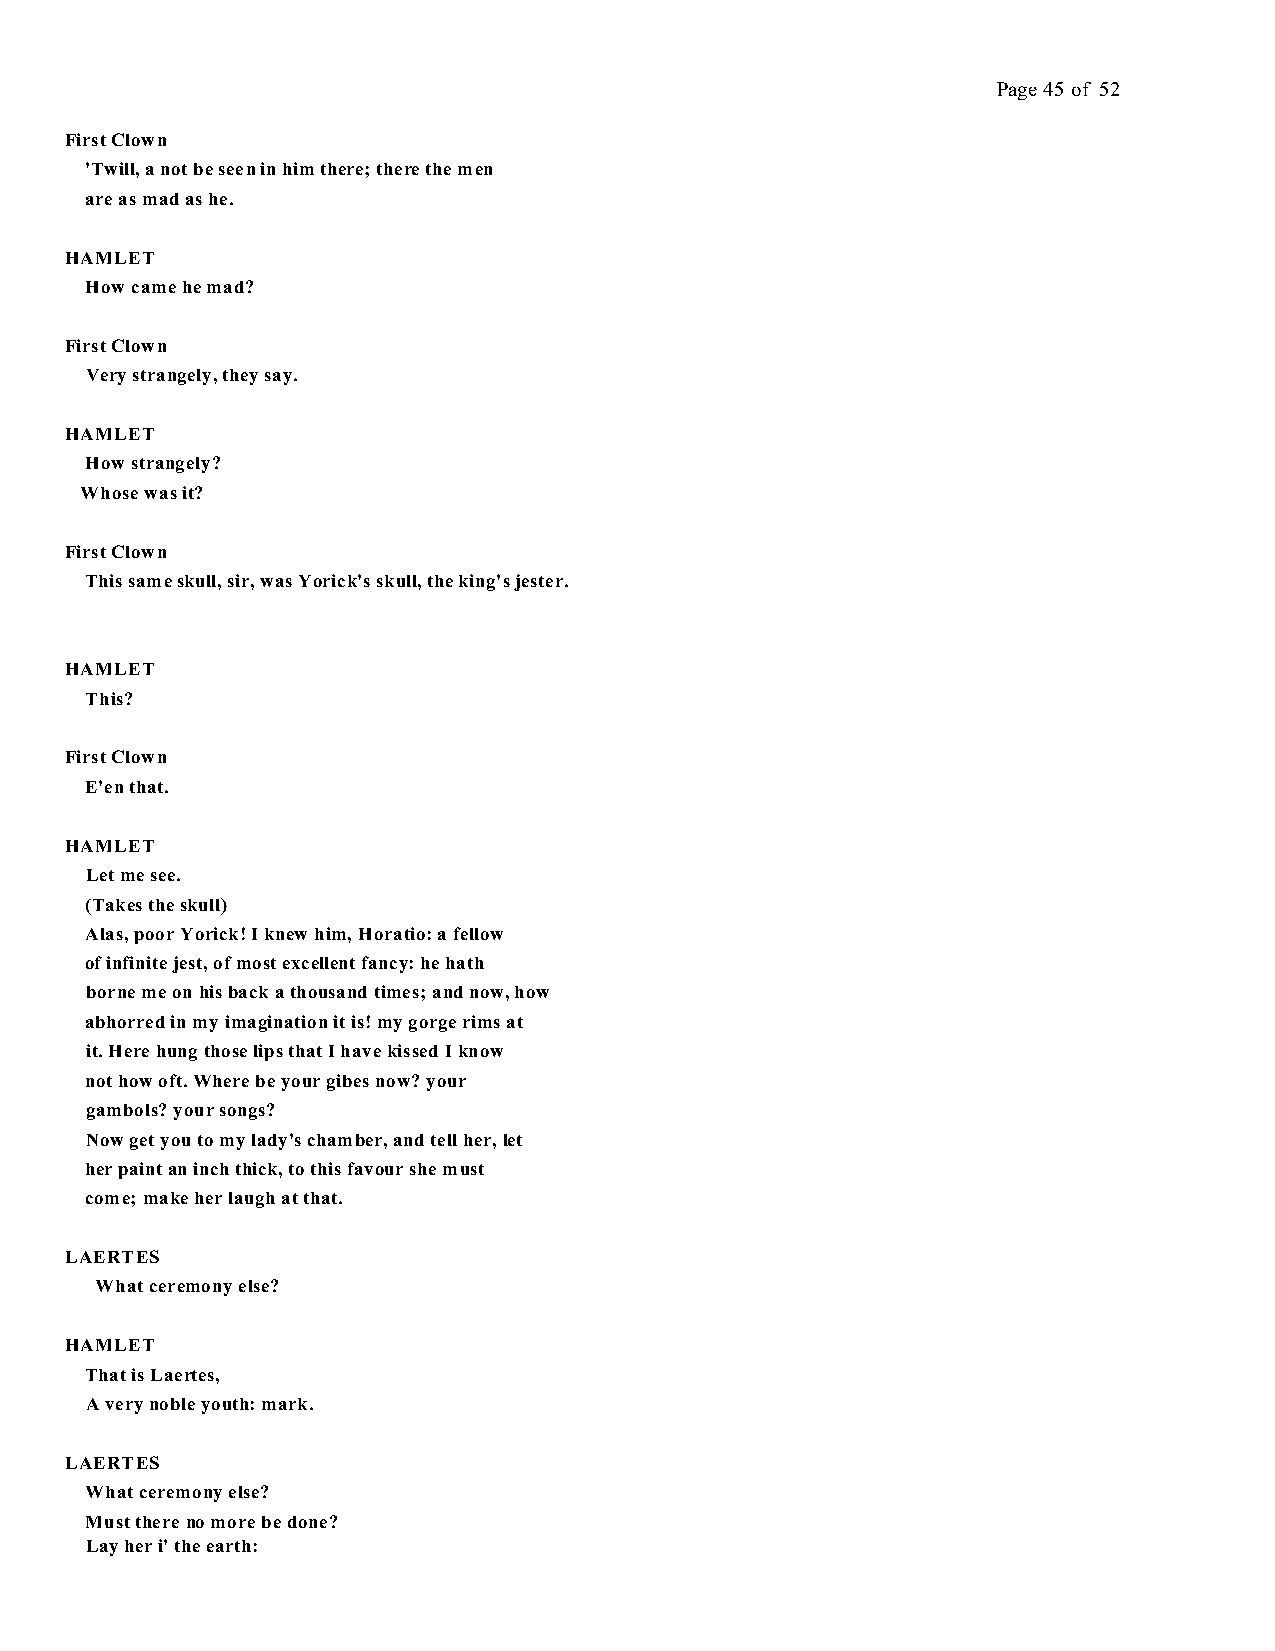
Page 45 of 52
 First Clown
 'Twill, a not be seen in him there; there the men
 are as mad as he.
 HAMLET
 How came he mad?
 First Clown
 Very strangely, they say.
 HAMLET
 How strangely?
 Whose was it?
 First Clown
 This same skull, sir, was Yorick's skull, the king's jester.
 HAMLET
 This?
 First Clown
 E'en that.
 HAMLET
 Let me see.
 (Takes the skull)
 Alas, poor Yorick! I knew him, Horatio: a fellow
 of infinite jest, of most excellent fancy: he hath
 borne me on his back a thousand times; and now, how
 abhorred in my imagination it is! my gorge rims at
 it. Here hung those lips that I have kissed I know
 not how oft. Where be your gibes now? your
 gambols? your songs?
 Now get you to my lady's chamber, and tell her, let
 her paint an inch thick, to this favour she must
 come; make her laugh at that.
 LAERTES
 What ceremony else?
 HAMLET
 That is Laertes,
 A very noble youth: mark.
 LAERTES
 What ceremony else?
 Must there no more be done?
 Lay her i' the earth: